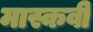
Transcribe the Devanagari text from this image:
मास्कवी